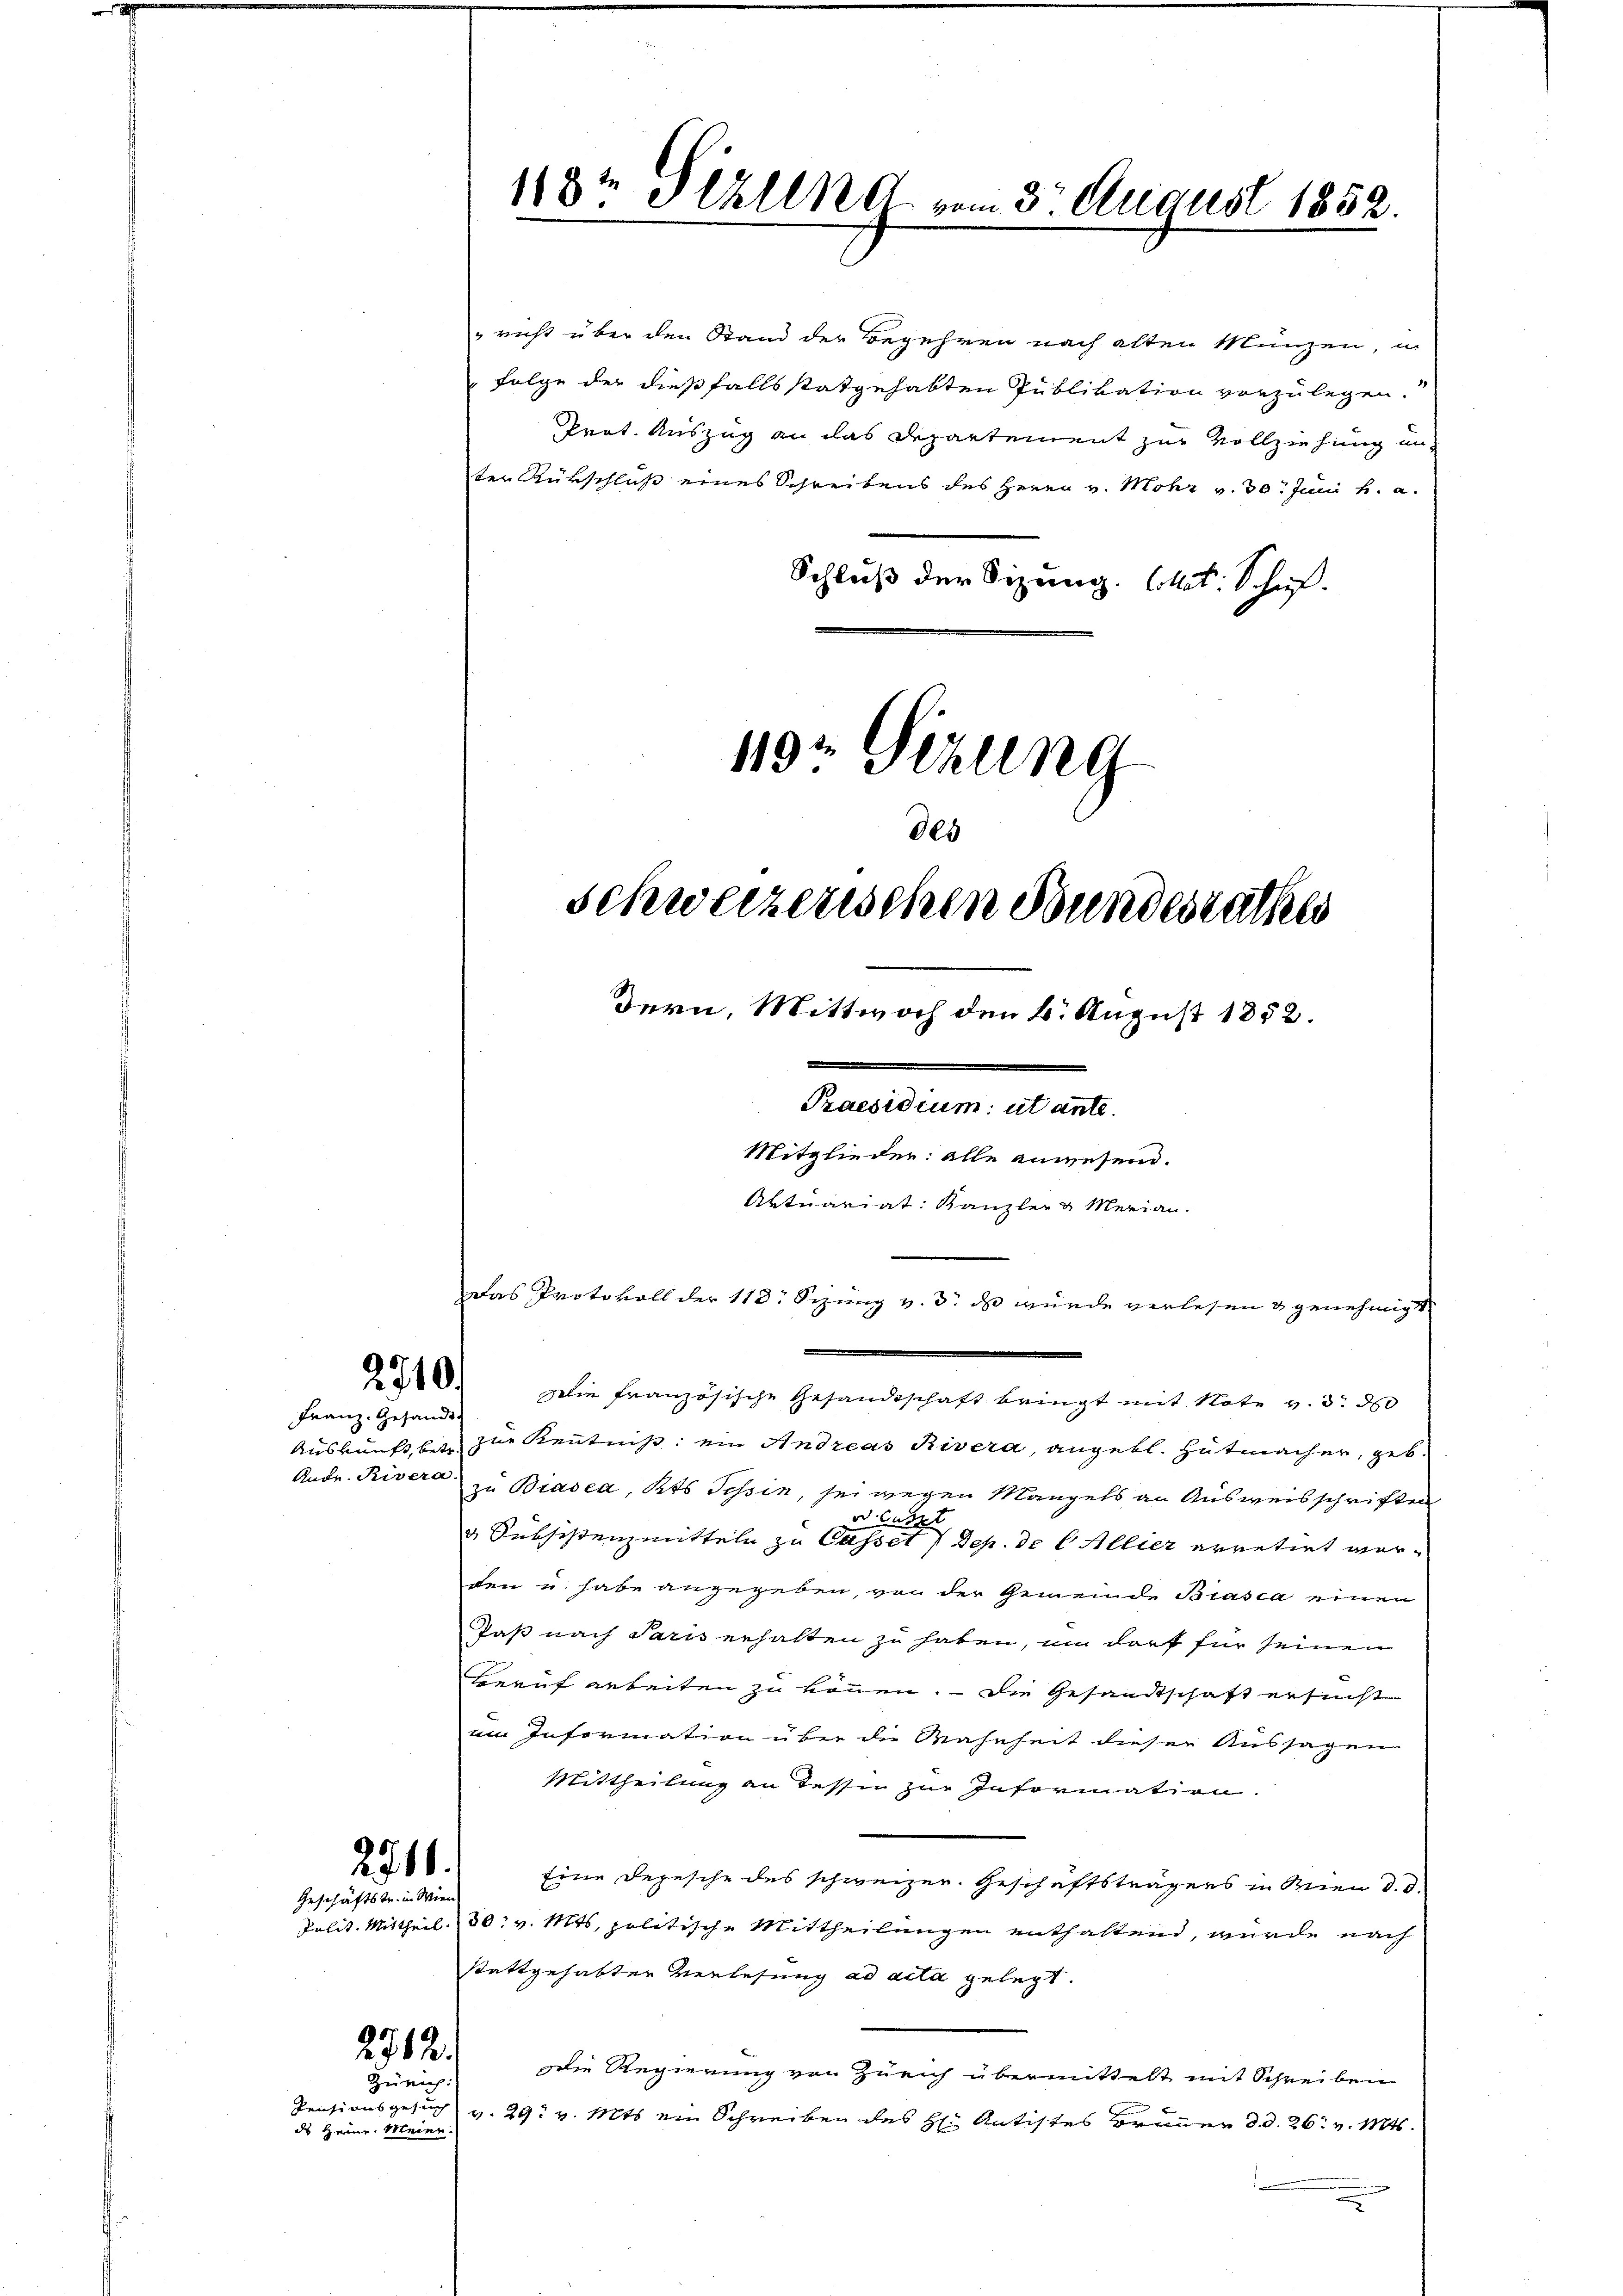
Franz. Gesandt
Aude. Rivera

2760.
Geschäftstr. in Wien

richt über den Stand der Begehren nach alten Münzen, in
Folge der dießfalls statgehabten Publikation vorzulegen.
Prot. Auszug an das Departement zur Vollziehung un-
ter Rükschluß eines Schreibens des Herrn v. Mohr v. 30. Juni h. a.
Schluß der Sizung. Cat. Schif
119 Sizung

2712.
Zürich:

ds Heinr. Meier.

§10. Die französische Gesandtschaft bringt mit Note v. 3. 850
Auskunft betr. zur Kenntnis: ein Andreas Rivera, angebl. Hutmacher, geb.
zu Biasca, Kts Tessin, sei wegen Mangels an Ausweisschriften
od Cust
 Subsistenzmitteln zu Casset 7 Sep. de l. Allier erretirt werden u. habe angegeben, von der Gemeinde Biasca einen
Paß nach Paris erhalten zu haben, um darf für seinen
Beruf arbeiten zu können, die Gesandtschaft ersucht
im Information über die Wahrheit dieser Aussagen
Mittheilung an Tessin zur Information.
Eine Depesche des schweizer. Geschäftsträgers in Wien d. d.
Polit. Mittheil. 30. v. Mts, politische Mittheilungen enthaltend, wurde nach
stattgehabter Verlesung ad acta gelegt.
die Regierung von Zürich übermittelt mit Schreiben
Pensionsgesuch v. 29. v. Mts. ein Schreiben des H: Antistes Brauer d. d. 26. v. Mts.

118ten Hehlend vom 3t August 1852

des
Schweizerschen Stundesrathes
dern, Mittwoch den 6. August 1852.
u
Praesidium ut ante.
Mitglieder: alle anwesend.
Aktuariat: Kanzler & Merian.
Das Protokoll der 113: Sizung v. 3. ds wurde verlesen & genehmigt